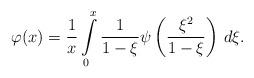
LaTeX: \begin{align*} \varphi(x) = \frac{1}{x}\int\limits_0^x \frac{1}{1-\xi}\psi\left(\frac{\xi^2}{1-\xi}\right)\, d\xi .\end{align*}